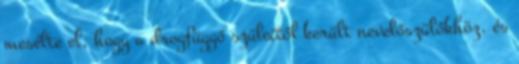
mesélte el, hogy a drogfüggő szüleitől került nevelőszülőkhöz, és